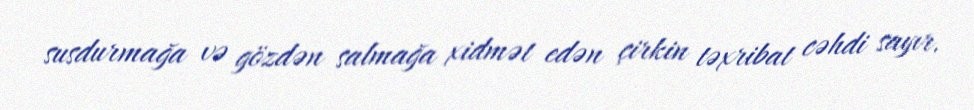
susdurmağa və gözdən salmağa xidmət edən çirkin təxribat cəhdi sayır.